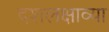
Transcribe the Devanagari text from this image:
दशलक्षाव्या